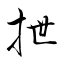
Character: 抴